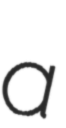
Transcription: a